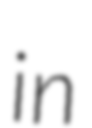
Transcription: in